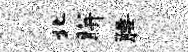
北胼腰